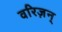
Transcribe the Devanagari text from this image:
वरिज़न्